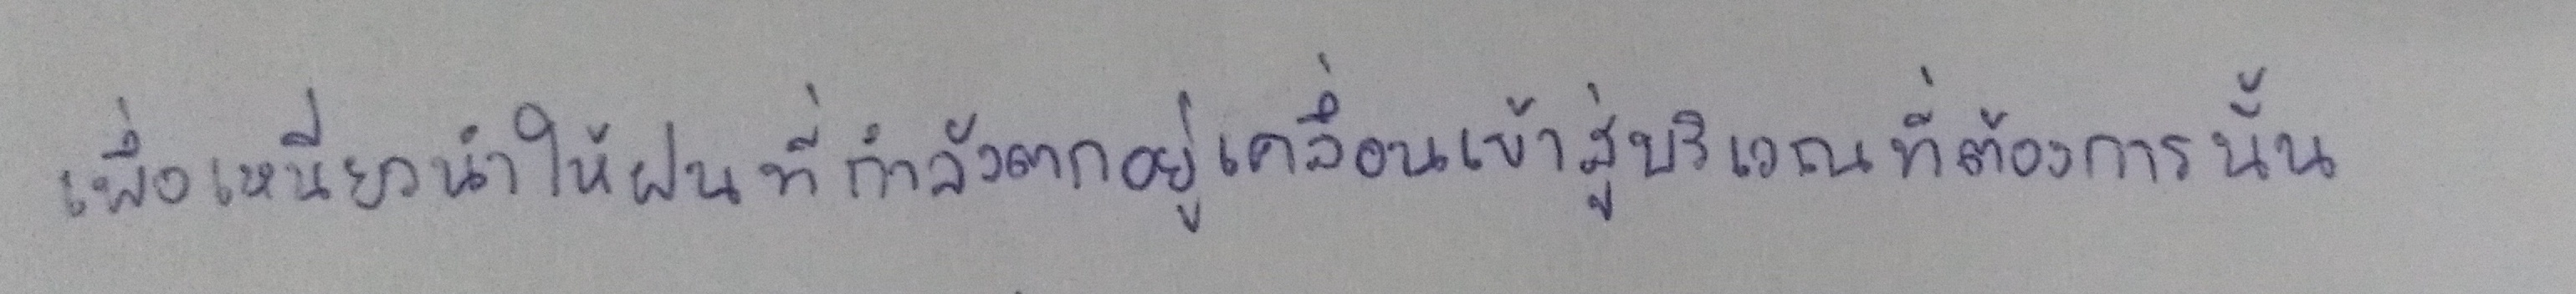
เพื่อเหนี่ยวนำให้ฝนที่กำลังตกอยู่เคลื่อนเข้าสู่บริเวณที่ต้องการนั้น